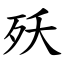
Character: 殀